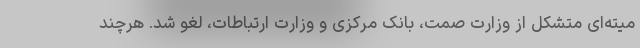
میته‌ای متشکل از وزارت صمت، بانک مرکزی و وزارت ارتباطات، لغو شد. هرچند